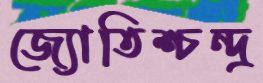
জ্যোতিশ্চন্দ্র